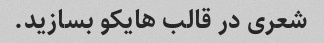
شعری در قالب هایکو بسازید.